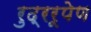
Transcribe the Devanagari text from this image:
रुद्ररूपेण